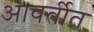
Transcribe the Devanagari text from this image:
आवर्तीत